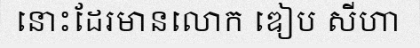
នោះដែរមានលោក ឌៀប សីហា